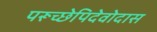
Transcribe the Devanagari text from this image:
परूच्छेपिदेवोदास